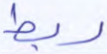
ربط